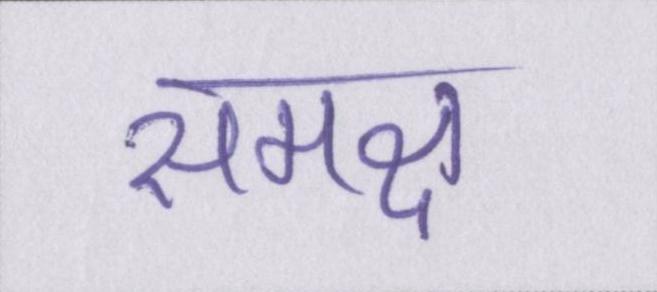
समक्ष